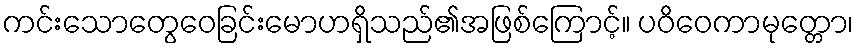
ကင်းသောတွေဝေခြင်းမောဟရှိသည်၏အဖြစ်ကြောင့်။ ပဝိဝေကာမုတ္တော၊